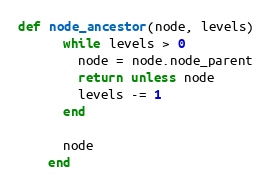
Language: Ruby
def node_ancestor(node, levels)
      while levels > 0
        node = node.node_parent
        return unless node
        levels -= 1
      end

      node
    end